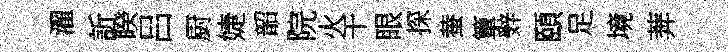
濯訢睽吕厨婕韶院火干眼探蛬簞辤頤足境莾